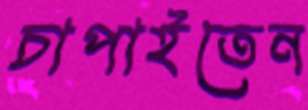
চাপাইতেন